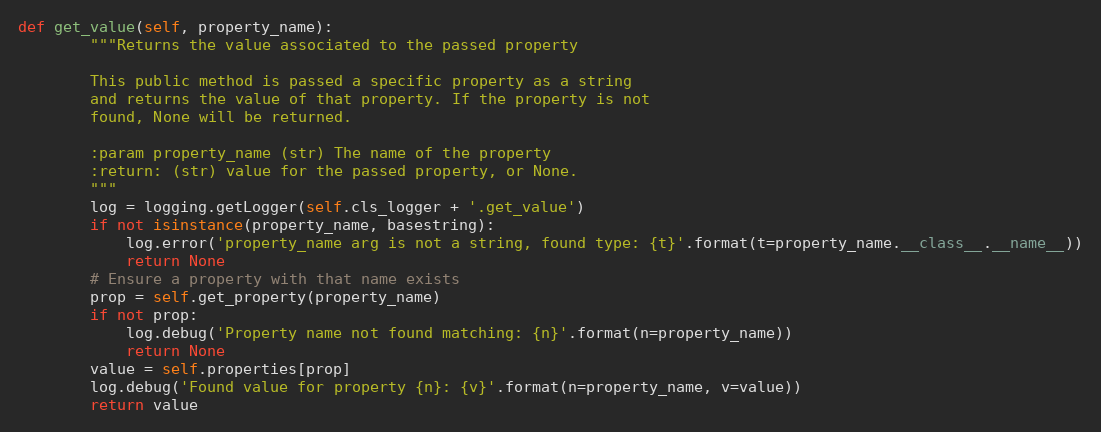
Language: Python
def get_value(self, property_name):
        """Returns the value associated to the passed property

        This public method is passed a specific property as a string
        and returns the value of that property. If the property is not
        found, None will be returned.

        :param property_name (str) The name of the property
        :return: (str) value for the passed property, or None.
        """
        log = logging.getLogger(self.cls_logger + '.get_value')
        if not isinstance(property_name, basestring):
            log.error('property_name arg is not a string, found type: {t}'.format(t=property_name.__class__.__name__))
            return None
        # Ensure a property with that name exists
        prop = self.get_property(property_name)
        if not prop:
            log.debug('Property name not found matching: {n}'.format(n=property_name))
            return None
        value = self.properties[prop]
        log.debug('Found value for property {n}: {v}'.format(n=property_name, v=value))
        return value